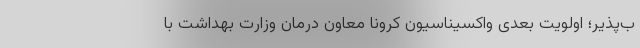
ب‌پذیر؛ اولویت بعدی واکسیناسیون کرونا معاون درمان وزارت بهداشت با